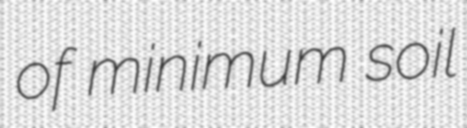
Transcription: of minimum soil